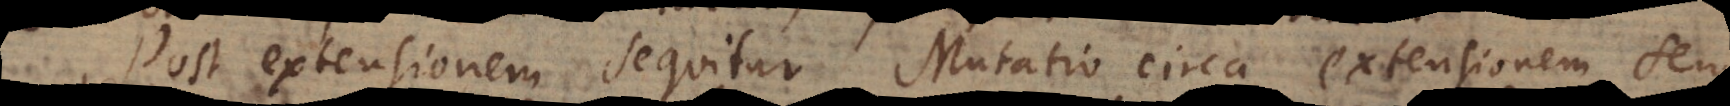
Post extensionem sequitur Mutatio circa extensionem seu